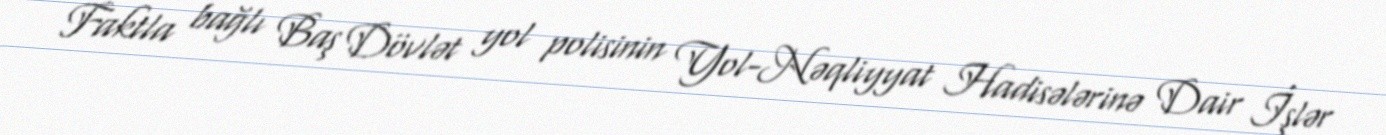
Faktla bağlı Baş Dövlət yol polisinin Yol-Nəqliyyat Hadisələrinə Dair İşlər